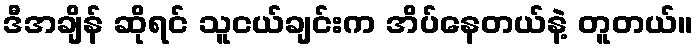
ဒီအချိန် ဆိုရင် သူငယ်ချင်းက အိပ်နေတယ်နဲ့ တူတယ်။